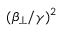
( \beta _ { \perp } / \gamma ) ^ { 2 }